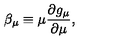
\beta _ { \mu } \equiv \mu \frac { \partial g _ { \mu } } { \partial \mu } ,